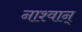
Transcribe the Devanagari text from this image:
नाश्वान्‌